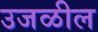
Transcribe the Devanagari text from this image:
उजळील